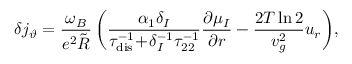
\delta j _ { \vartheta } = \frac { \omega _ { B } } { e ^ { 2 } \tilde { R } } \left( \frac { \alpha _ { 1 } \delta _ { I } } { \tau _ { \mathrm { d i s } } ^ { - 1 } \! + \! \delta _ { I } ^ { - 1 } \tau _ { 2 2 } ^ { - 1 } } \frac { \partial \mu _ { I } } { \partial r } - \frac { 2 T \ln 2 } { v _ { g } ^ { 2 } } u _ { r } \right) \! ,